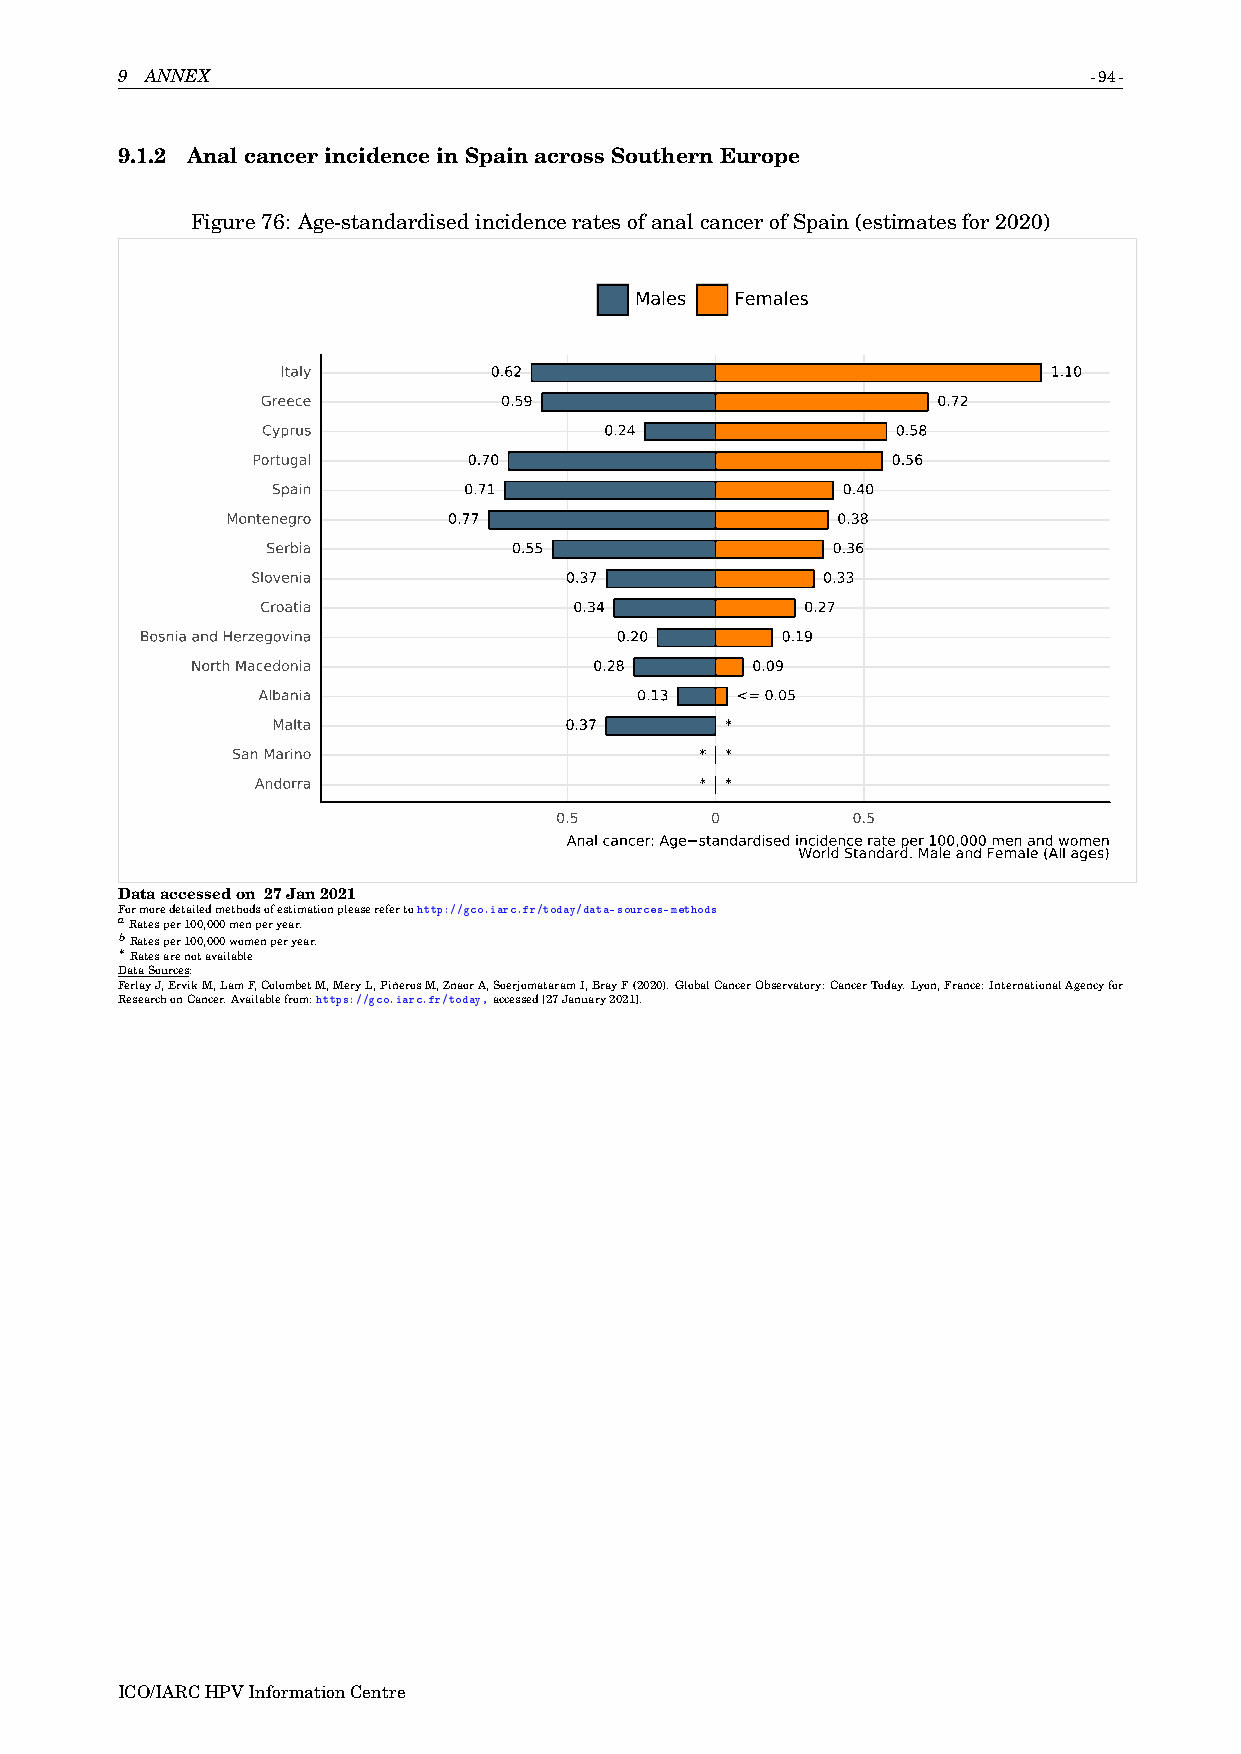
9 ANNEX                                                         -94-
 9.1.2 AnalcancerincidenceinSpainacrossSouthernEurope
 Figure76: Age-standardisedincidenceratesofanalcancerofSpain(estimatesfor2020)
 Males  Females
 Italy        0.62                                  1.10
 Greece          0.59                         0.72
 Cyprus                 0.24               0.58
 Portugal      0.70                        0.56
 Spain        0.71                     0.40
 Montenegro     0.77                     0.38
 Serbia          0.55                 0.36
 Slovenia            0.37             0.33
 Croatia              0.34           0.27
 Bosnia and Herzegovina          0.20       0.19
 North Macedonia           0.28       0.09
 Albania                  0.13   <= 0.05
 Malta              0.37       *
 San Marino                     * *
 Andorra                      * *
 0.5       0        0.5
 Anal cancer: Age standardised incidence rate per 100,000 men and women
 World Standard. Male and Female (All ages)
 Dataaccessedon 27Jan2021
 Formoredetailedmethodsofestimationpleaserefertohttp://gco.iarc.fr/today/data-sources-methods
 aRatesper100,000menperyear.
 bRatesper100,000womenperyear.
 ∗
 Ratesarenotavailable
 DataSources:
 FerlayJ,ErvikM,LamF,ColombetM,MeryL,PiñerosM,ZnaorA,SoerjomataramI,BrayF(2020).GlobalCancerObservatory:CancerToday.Lyon,France:InternationalAgencyfor
 ResearchonCancer.Availablefrom:https://gco.iarc.fr/today,accessed[27January2021].
 ICO/IARCHPVInformationCentre